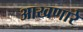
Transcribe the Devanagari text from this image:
आखणारे